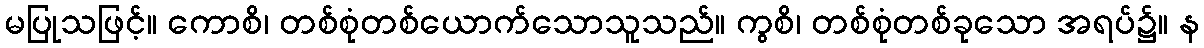
မပြုသဖြင့်။ ကောစိ၊ တစ်စုံတစ်ယောက်သောသူသည်။ ကွစိ၊ တစ်စုံတစ်ခုသော အရပ်၌။ န